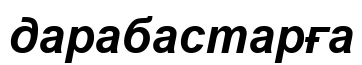
дарабастарға